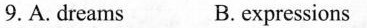
9.A.dreams B.expressions